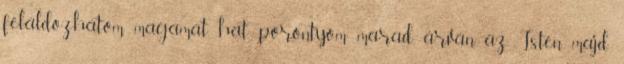
feláldozhatom magamat, hat porontyom marad árván, az Isten majd